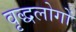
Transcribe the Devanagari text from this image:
वृद्धलोगों